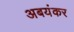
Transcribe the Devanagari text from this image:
अबयंकर